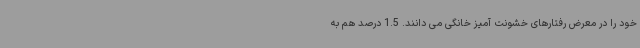
خود را در معرض رفتارهای خشونت آمیز خانگی می دانند. 1.5 درصد هم به